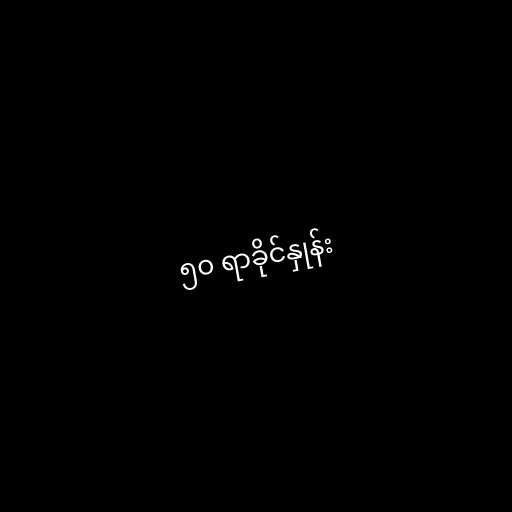
၅၀ ရာခိုင်နှုန်း